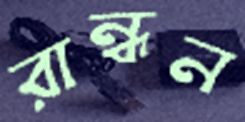
রান্ধন